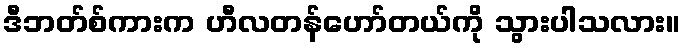
ဒီဘတ်စ်ကားက ဟီလတန်ဟော်တယ်ကို သွားပါသလား။